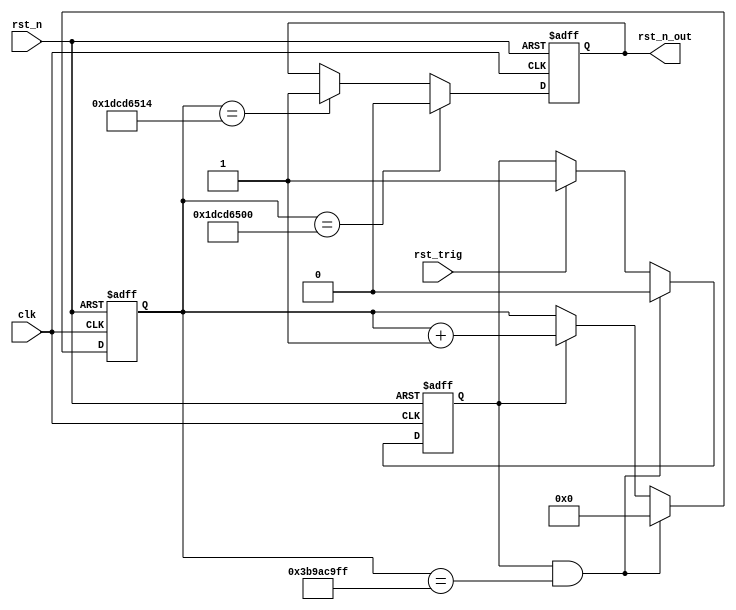
`timescale 1ns / 1ps
//////////////////////////////////////////////////////////////////////////////////
// Company: 
// Engineer: 
// 
// Design Name: 
// Module Name: rst_gen
// Project Name: 
// Target Devices: 
// Tool Versions: 
// Description: 
// 
// Dependencies: 
// 
// Revision:
// Revision 0.01 - File Created
// Additional Comments:
// 
//////////////////////////////////////////////////////////////////////////////////


module rst_gen(
   input   clk,
   input   rst_n,
   input   rst_trig,
   output  rst_n_out
  );
  
   parameter  reset_time=32'd1000000000;
    reg [31:0] cnt=32'd0;
	reg   cnt_en=1'b0;
    reg   reg_rst_n_out=1'b1;
  assign  rst_n_out=reg_rst_n_out;
  always@(posedge clk or negedge rst_n)
   if(!rst_n)
   begin
   cnt<=32'd0;
   end
  else if(cnt_en&&(cnt==reset_time-1))
   cnt<=32'd0;
  else if(cnt_en)
   cnt<=cnt+1'b1;
   
   always@(posedge clk or negedge rst_n)
   if(!rst_n)
   begin
   cnt_en<=1'd0;
   end
  else if(cnt_en&&(cnt==reset_time-1))
   cnt_en<=1'd0;
  else if(rst_trig)
   cnt_en<=1'd1;
   
    always@(posedge clk or negedge rst_n)
   if(!rst_n)
   reg_rst_n_out<=1'b1;
   else if(cnt==32'd500000000)
   reg_rst_n_out<=1'b0;
   else if(cnt==32'd500000020)
   reg_rst_n_out<=1'b1;
   
   endmodule